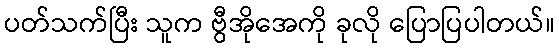
ပတ်သက်ပြီး သူက ဗွီအိုအေကို ခုလို ပြောပြပါတယ်။